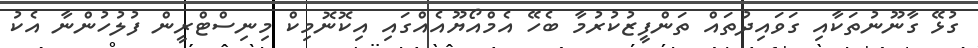
ގުޅޭ ގާނޫނުތަކާއި ގަވައިދުތައް ތަންފީޒުކުރުމާ ބެހޭ އެމްއޯޔޫއެއްގައި އިކޮނޮމިކް މިނިސްޓްރީން ފުލުހުންނާ އެކު